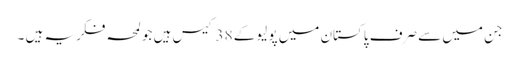
جن میں سے صرف پاکستان میں پولیو کے 38 کیس ہیں جو لمحہ فکریہ ہیں ۔